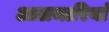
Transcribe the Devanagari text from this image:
आलमारियां